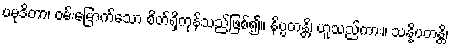
ပမုဒိတာ၊ ဝမ်းမြောက်သော စိတ်ရှိကုန်သည်ဖြစ်၍။ နိပ္ပတန္တိ၊ ဟူသည်ကား။ သန္နိပတန္တိ၊